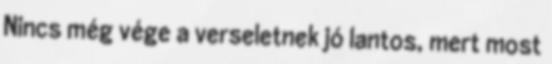
Nincs még vége a verseletnek jó lantos, mert most